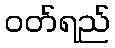
ဝတ်ရည်